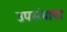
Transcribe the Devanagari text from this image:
उपसंचाचा